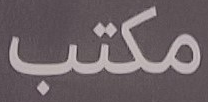
مكتب